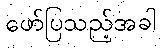
ဖော်ပြသည့်အခါ